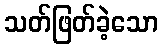
သတ်ဖြတ်ခဲ့သော